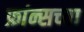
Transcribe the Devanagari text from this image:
फ्रांन्सच्या